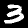
Digit: 3